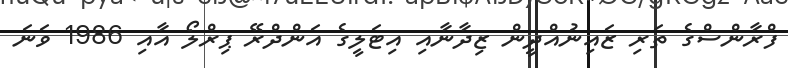
ފްރާންސްގެ ތަރި ޒައިނުއްދީން ޒިދާނާއި އިޓަލީގެ އަންދްރޭ ޕިރްލޯ އާއި 1986 ވަނަ